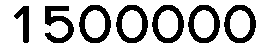
1500000